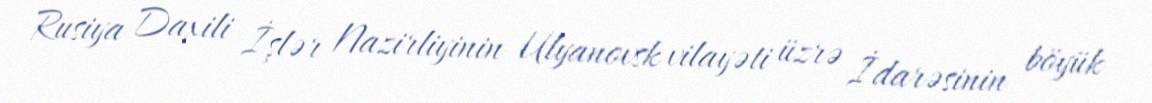
Rusiya Daxili İşlər Nazirliyinin Ulyanovsk vilayəti üzrə İdarəsinin böyük